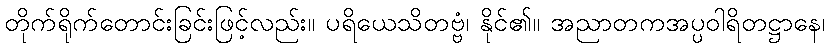
တိုက်ရိုက်တောင်းခြင်းဖြင့်လည်း။ ပရိယေသိတဗ္ဗံ၊ နိုင်၏။ အညာတကအပ္ပဝါရိတဋ္ဌာနေ၊